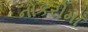
નોકરીમાઁ